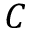
C